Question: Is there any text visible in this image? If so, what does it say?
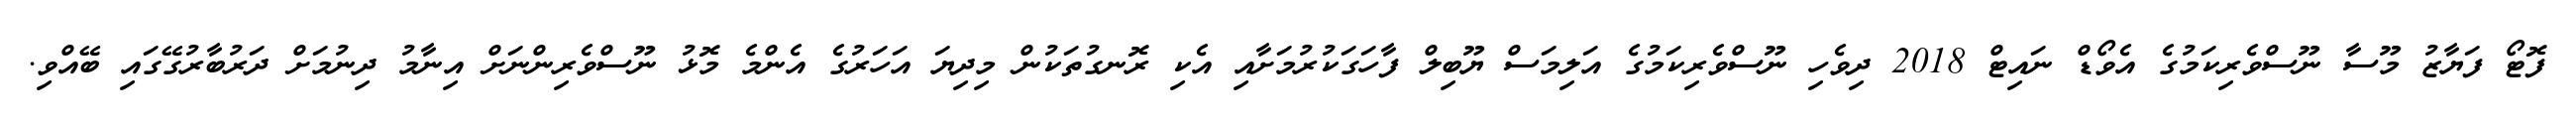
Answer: ފޮޓޯ ފަޔާޒު މޫސާ ނޫސްވެރިކަމުގެ އެވޯޑް ނައިޓް 2018 ދިވެހި ނޫސްވެރިކަމުގެ އަލިމަސް ޔޫބިލް ފާހަގަކުރުމަށާއި އެކި ރޮނގުތަކުން މިދިޔަ އަހަރުގެ އެންމެ މޮޅު ނޫސްވެރިންނަށް އިނާމު ދިނުމަށް ދަރުބާރުގޭގައި ބޭއްވި.